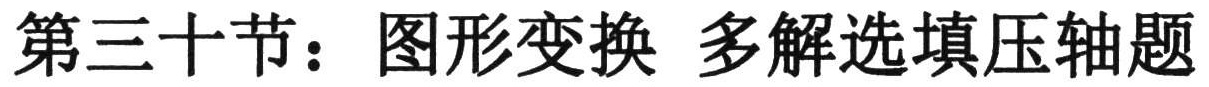
第三十节：图形变换 多解选填压轴题